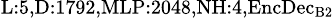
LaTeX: _{\textrm{L}:5,\textrm{D}:1792,\textrm{MLP}:2048,\textrm{NH}:4,\textrm{EncDec}_{\textrm{B}2}}